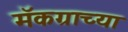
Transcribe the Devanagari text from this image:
मॅकग्राच्या